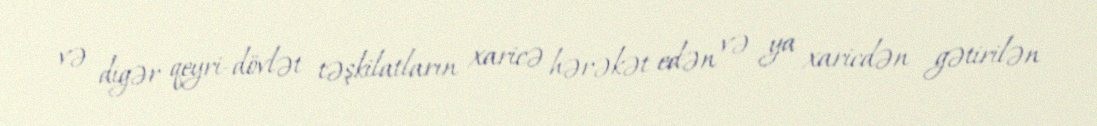
və digər qeyri-dövlət təşkilatların xaricə hərəkət edən və ya xaricdən gətirilən